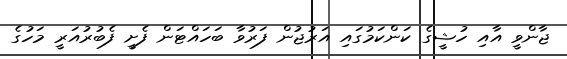
ޖާންވީ އާއި ހުޝީގެ ކަންކަމުގައި އަރުޖުން ފަރުވާ ބަހައްޓަން ފެށީ ފެބުރުއަރީ މަހުގެ